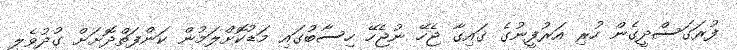
ފުރަގަސްދީގެން ހުރި އަރުފީނުގެ ގައިގާ ޖެހޭ ނުޖެހޭ ހިސާބުގައި މަޑުކޮށްލަމުން ކަންފަތްދޮށަށް ގުދުވެލީ